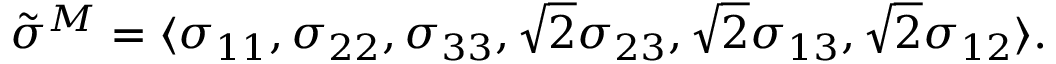
{ \tilde { \sigma } } ^ { M } = \langle \sigma _ { 1 1 } , \sigma _ { 2 2 } , \sigma _ { 3 3 } , { \sqrt { 2 } } \sigma _ { 2 3 } , { \sqrt { 2 } } \sigma _ { 1 3 } , { \sqrt { 2 } } \sigma _ { 1 2 } \rangle .